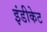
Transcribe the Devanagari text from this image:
इंडीकेट